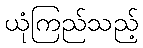
ယုံကြည်သည့်